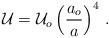
LaTeX: \begin{align*}{\cal U}={\cal U}_o\left({a_o\over a}\right)^4\,.\end{align*}